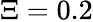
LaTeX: \Xi=0.2